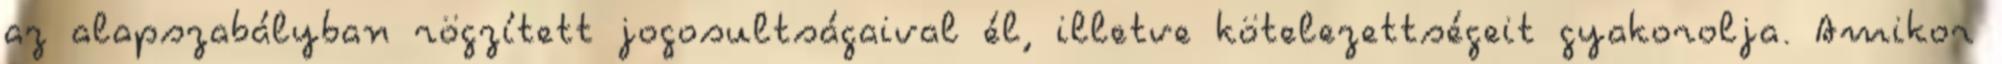
az alapszabályban rögzített jogosultságaival él, illetve kötelezettségeit gyakorolja. Amikor